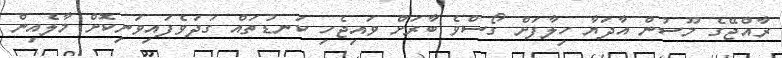
ރާއްޖޭގެ މޫސުން އާދަޔާ ހިލާފަށް ގޯސްވެ ބާރަށް ވައިޖެހި ކަނޑުތައް ގަދަވެފައިވަނިކޮށް މާލެއިން